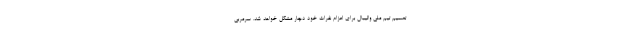
تصمیم تیم ملی والیبال برای اعزام نفرات خود دچار مشکل خواهد شد. سرمربی